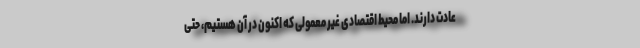
عادت دارند. اما محیط اقتصادی غیر معمولی که اکنون در آن هستیم، حتی